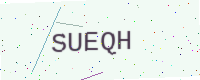
Text: SUEQH